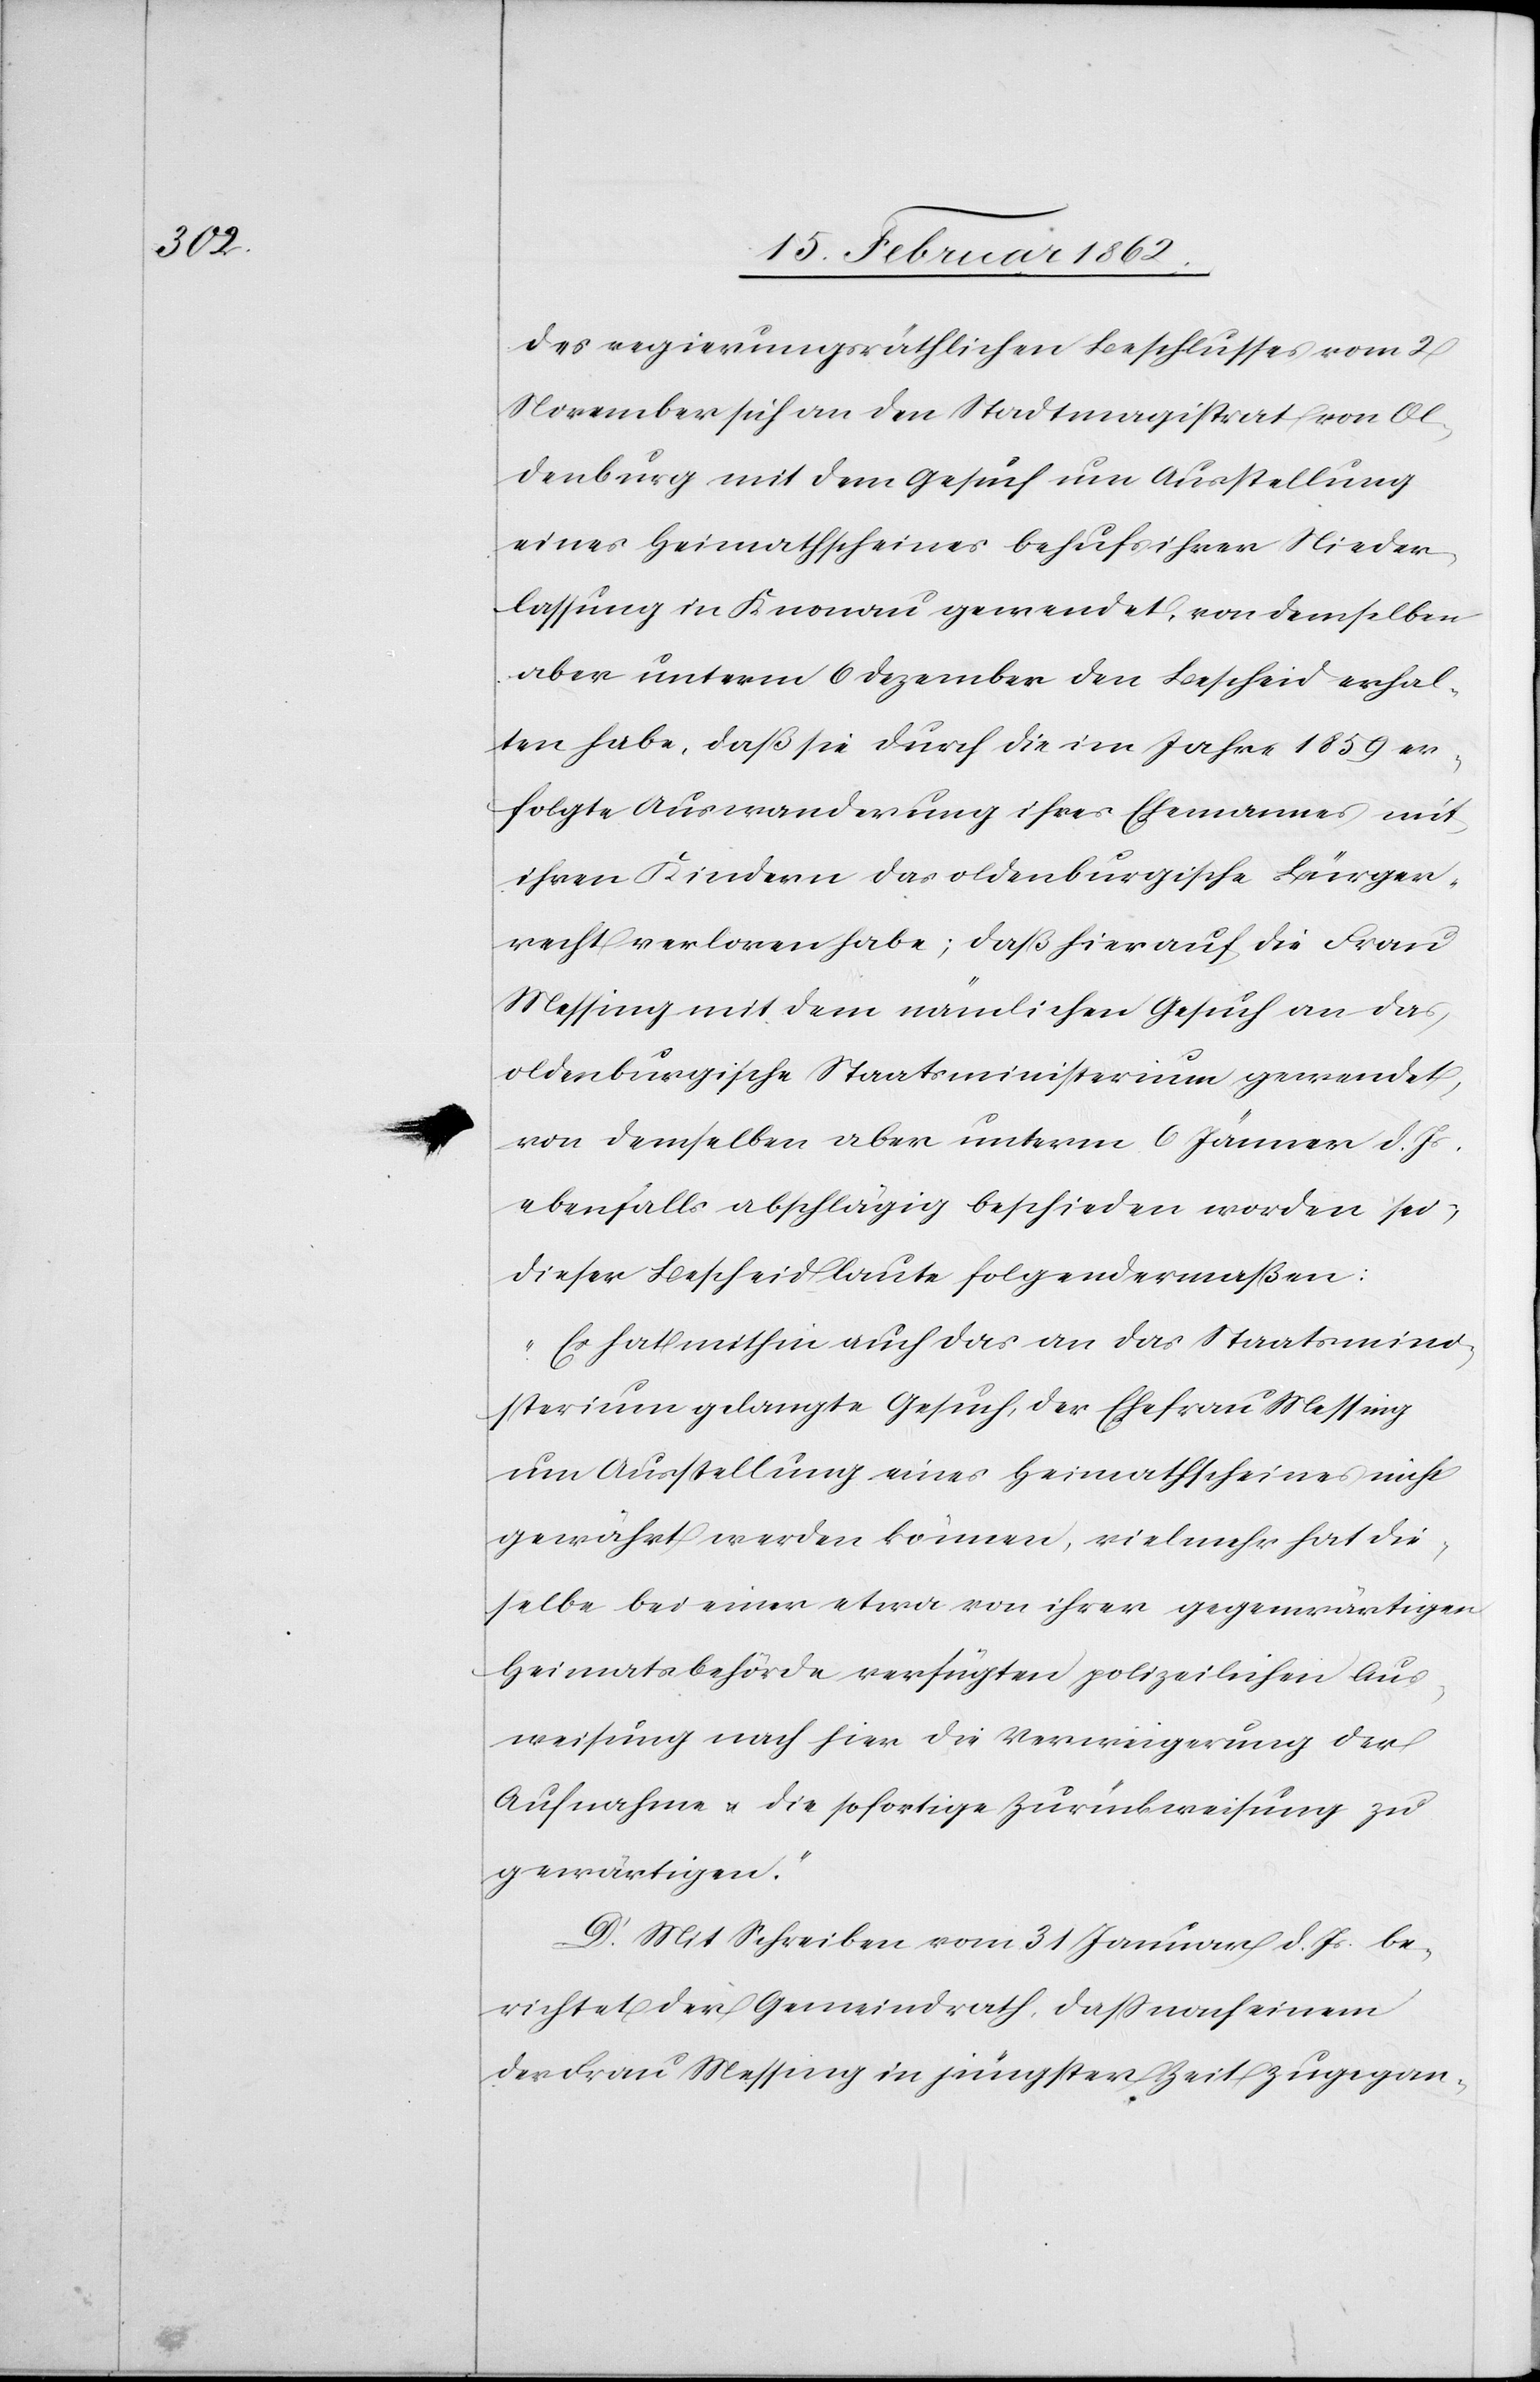
des regierungsräthlichen Beschlusses vom 2
November sich an den Stadtmagistrat von Ol¬
denburg mit dem Gesuch um Ausstellung
eines Heimathscheines behufs ihrer Nieder¬
lassung in Knonau gewendet, von demselben
aber unterm 6 Dezember den Bescheid erhal¬
ten habe, daß sie durch die im Jahre 1859 er¬
folgte Auswanderung ihres Ehemannes mit
ihren Kindern das oldenburgische Bürger¬
recht verloren habe; daß hierauf die Frau
Messing mit dem nämlichen Gesuch an das
oldenburgische Staatsministerium gewendet,
von demselben aber unterm 6 Jänner d. Js.
ebenfalls abschlägig beschieden worden sei;
dieser Bescheid laute folgendermaßen:
„Es hat mithin auch das an das Staatsmini¬
sterium gelangte Gesuch, der Ehefrau Messing
um Ausstellung eines Heimathscheines nicht
gewährt werden können, vielmehr hat die¬
selbe bei einer etwa von ihrer gegenwärtigen
Heimatsbehörde verfügten polizeilichen Aus¬
weisung nach hier die Verweigerung der
Aufnahme u. die sofortige Zurückweisung zu
gewärtigen.“
D. Mit Schreiben vom 31 Januar d. Js. be¬
richtet der Gemeindrath, daß nach einem
der Frau Messing in jüngster Zeit zugegan-